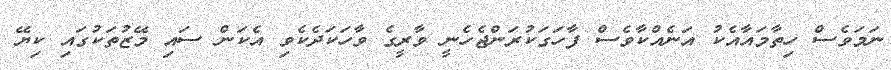
ނަމަވެސް ހިތާމައާއެކު އަނެއްކާވެސް ފާހަގަކުރަންޖެހެނީ ވާރީގެ ވާހަކަދެކެވި އެކަން ސައި މޭޒުތަކުގައި ކިޔޭ